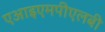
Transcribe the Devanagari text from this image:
एआइएमपीएलबी